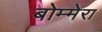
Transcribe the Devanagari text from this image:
बोम्मेरा